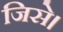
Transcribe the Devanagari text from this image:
जिसे।